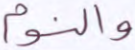
والنوم